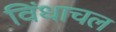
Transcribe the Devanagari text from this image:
विंधाचल